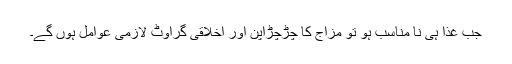
جب غذا ہی نا مناسب ہو تو مزاج کا چڑچڑاپن اور اخلاقی گراوٹ لازمی عوامل ہوں گے۔